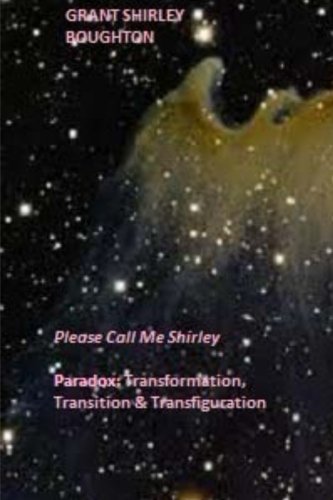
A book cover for PARADOX: Transformation, Transition & Transfiguration: Please Call Me Shirley; Ms Grant Shirley Boughton; Gay & Lesbian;